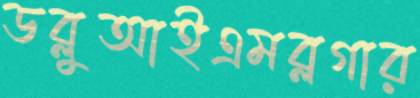
ডব্লুআইএমব্লগার